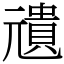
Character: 𠒺